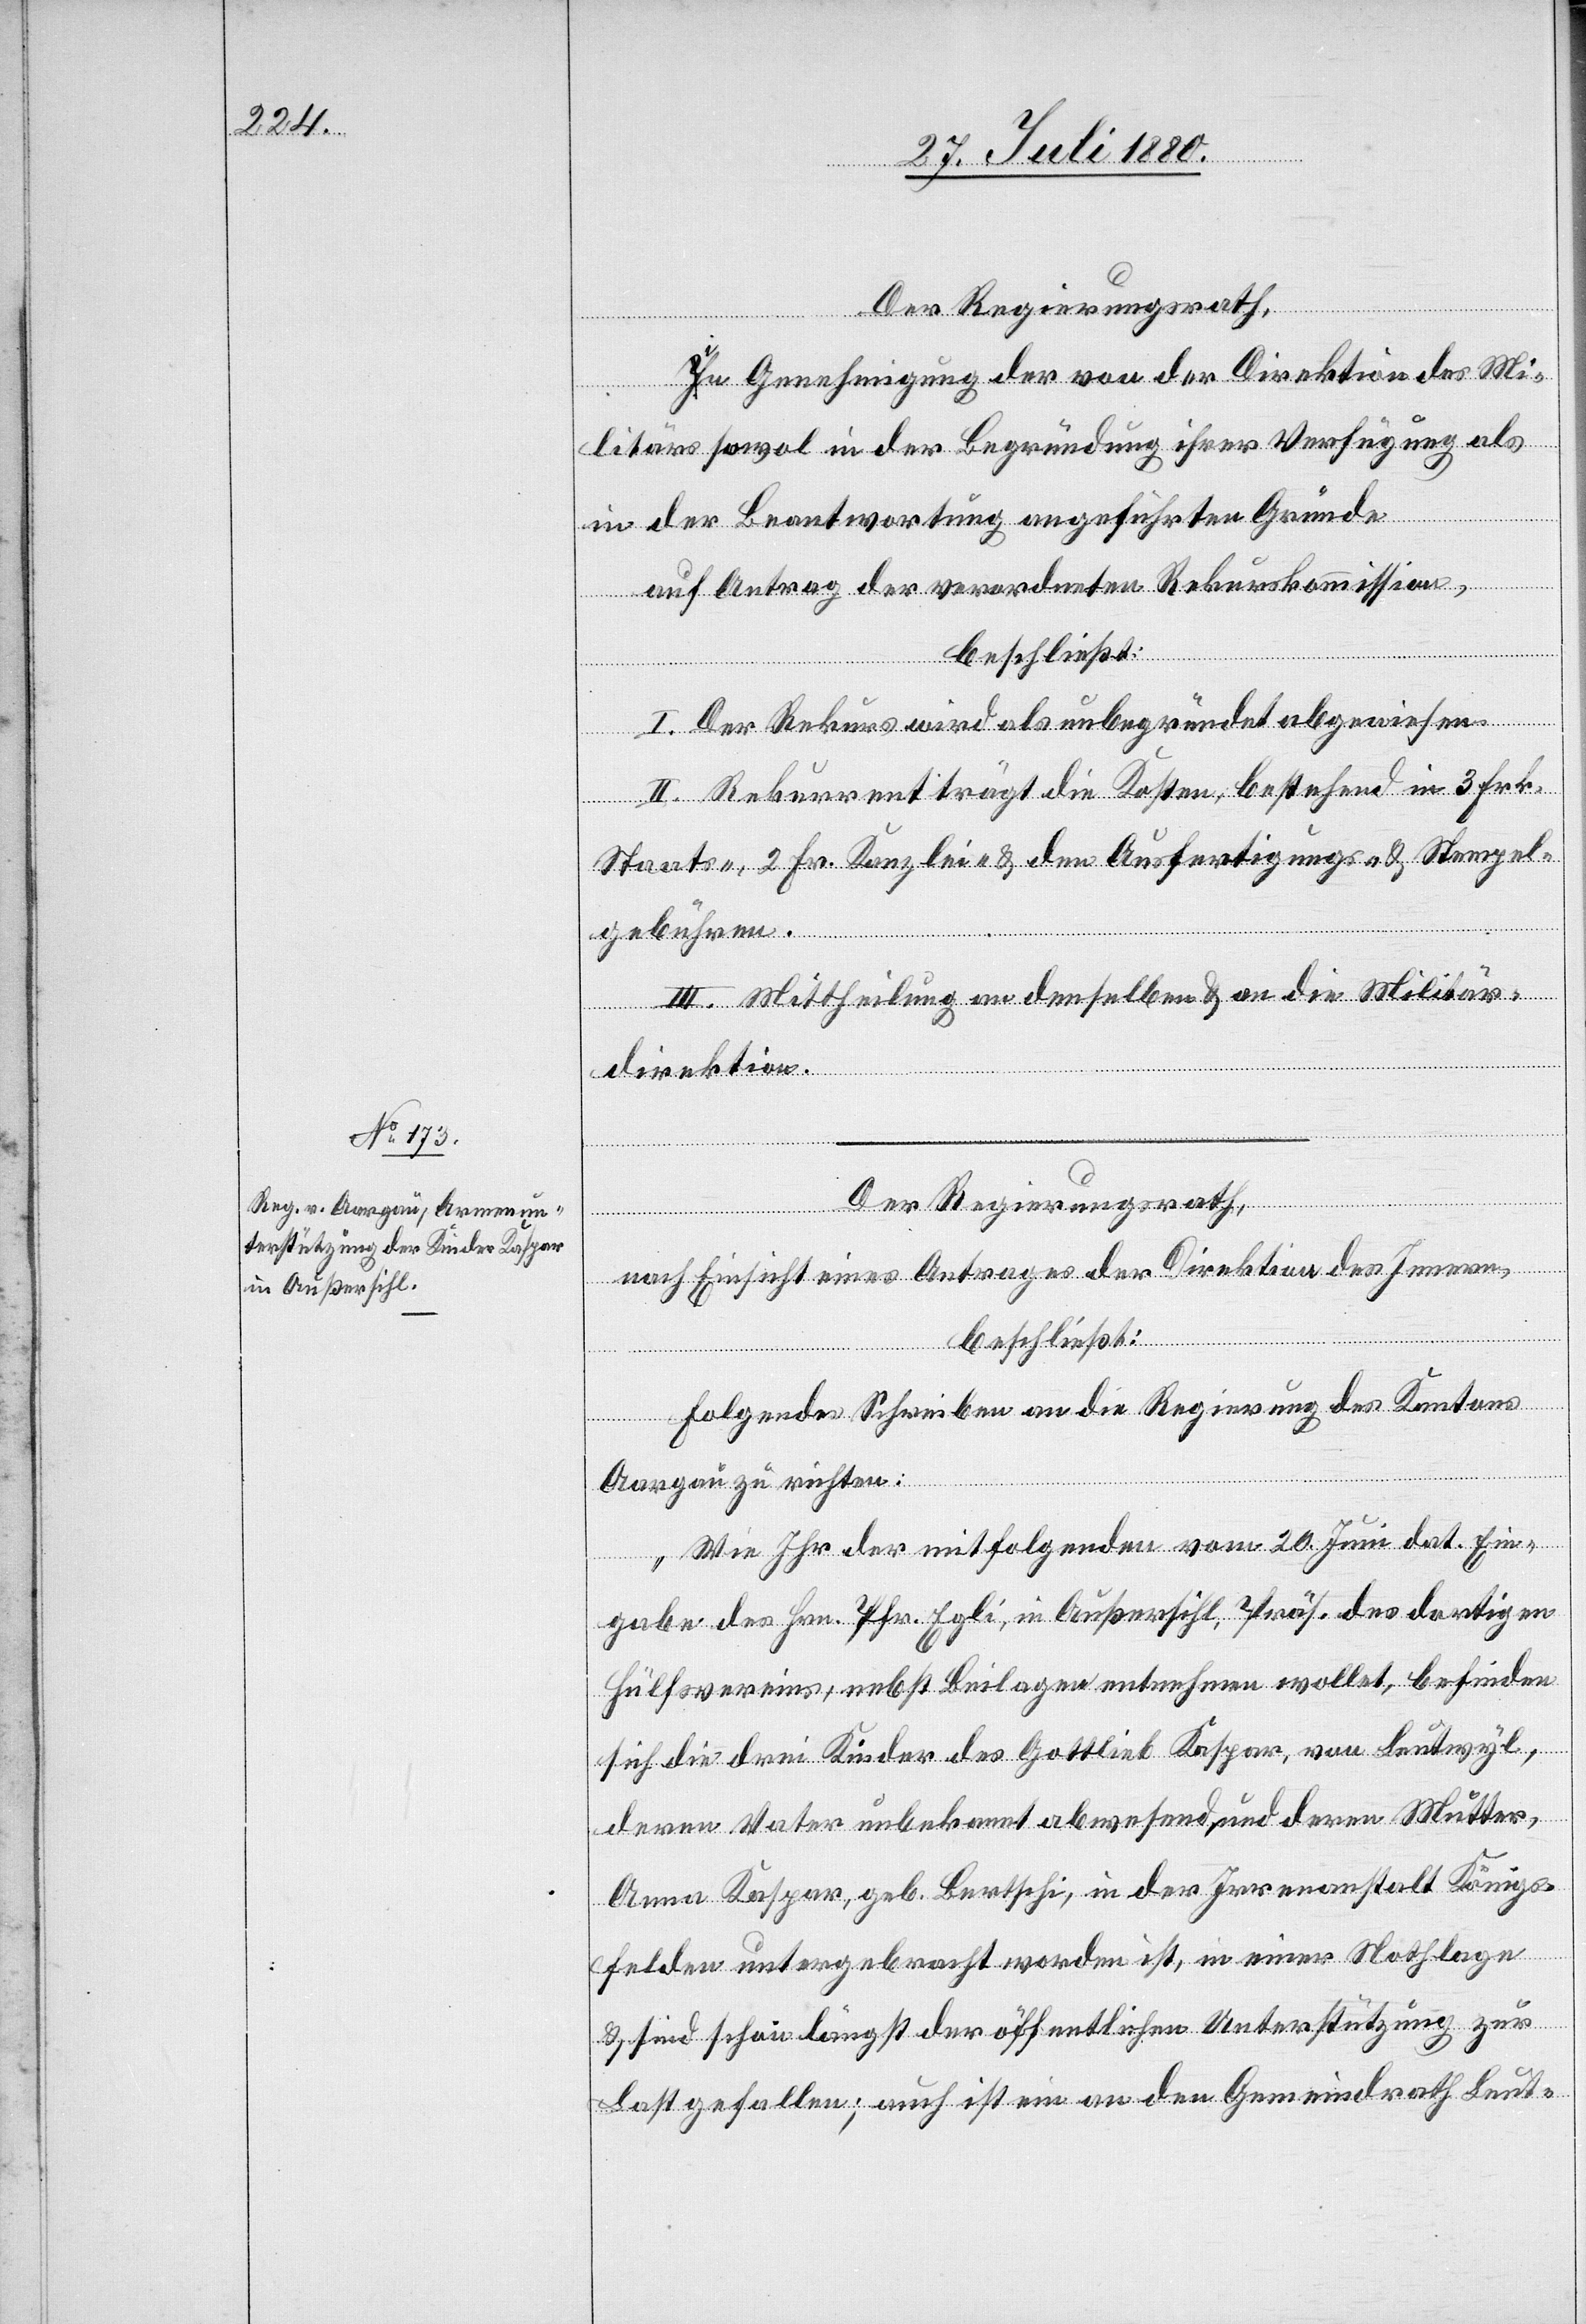
Der Regierungsrath,
In Genehmigung der von der Direktion des Mi¬
litärs sowol in der Begründung ihrer Verfügung als
in der Beantwortung angeführten Gründe
auf Antrag der verordneten Rekurskommission,
beschließt:
I. Der Rekurs wird als unbegründet abgewiesen.
II. Rekurrent trägt die Kosten, bestehend in 3 Frk.
Staats-, 2 Frk. Kanzlei- & den Ausfertigungs- & Stempel¬
gebühren.
III. Mittheilung an denselben & an die Militär¬
direktion.
Der Regierungsrath,
nach Einsicht eines Antrages der Direktion des Innern,
beschließt:
Folgendes Schreiben an die Regierung des Kantons
Aargau zu richten:
„Wie Ihr der mitfolgenden vom 20. Juni dat. Ein¬
gabe des Hrn. Pfr. Egli, in Außersihl, Präs. des dortigen
Hülfsvereins, nebst Beilagen entnehmen wollet, befinden
sich die drei Kinder des Gottlieb Kaspar, von Leutwyl,
deren Vater unbekannt abwesend, und deren Mutter,
Anna Kaspar, geb. Bertschi, in der Irrenanstalt Königs¬
felden untergebracht worden ist, in einer Nothlage
& sind schon längst der öffentlichen Unterstützung zur
Last gefallen; auch ist ein an den Gemeindrath Leut-